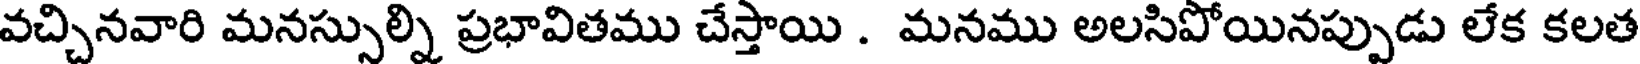
వచ్చినవారి మనస్సుల్ని ప్రభావితము చేస్తాయి . మనము అలసిపోయినప్పుడు లేక కలత